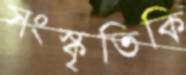
সংস্কৃতিকি